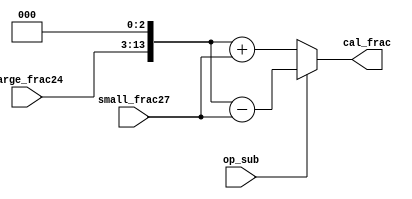
`timescale 1ns / 1ps

module fadd_cal (op_sub,large_frac24,small_frac27, cal_frac); // calculation
	//1 5 10
	input [10:0] large_frac24;
	input op_sub;
	input [13:0] small_frac27;
	output [14:0] cal_frac;
	//grs,,28bit
	//23+3+1
	wire [14:0] aligned_large_frac = {1'b0,large_frac24,3'b000};
	wire [14:0] aligned_small_frac = {1'b0,small_frac27};
	//
	assign cal_frac = op_sub?
	aligned_large_frac - aligned_small_frac :
	aligned_large_frac + aligned_small_frac;
endmodule